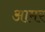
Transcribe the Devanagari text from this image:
आमर